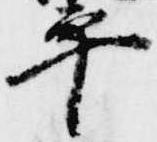
平